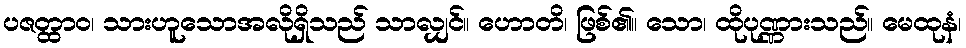
ပဇတ္ထာဝ၊ သားဟူသောအလိုရှိသည် သာလျှင်။ ဟောတိ၊ ဖြစ်၏။ သော၊ ထိုပုဏ္ဏားသည်။ မေထုနံ၊